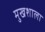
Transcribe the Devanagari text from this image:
मुखशाला